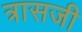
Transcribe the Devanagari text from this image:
त्रासजी